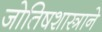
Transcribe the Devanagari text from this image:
जोतिषशास्त्राने